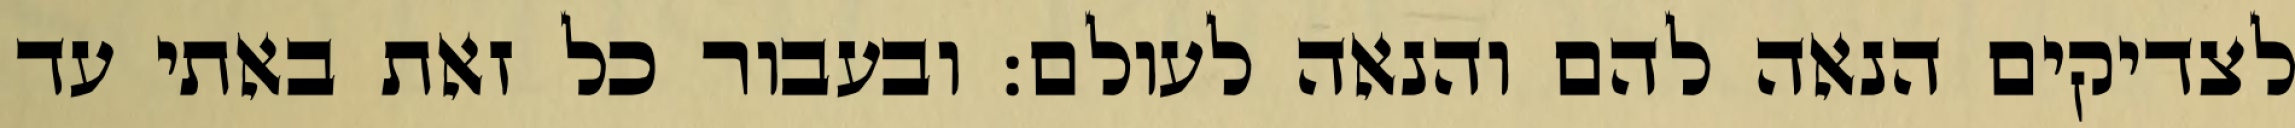
לצדיקים הנאה להם והנאה לעולם: ובעבור כל זאת באתי עד